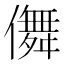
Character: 儛